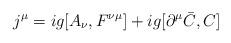
LaTeX: \begin{align*}j^\mu =ig[A_\nu ,F^{\nu \mu }]+ig[\partial ^\mu \bar C,C]\end{align*}